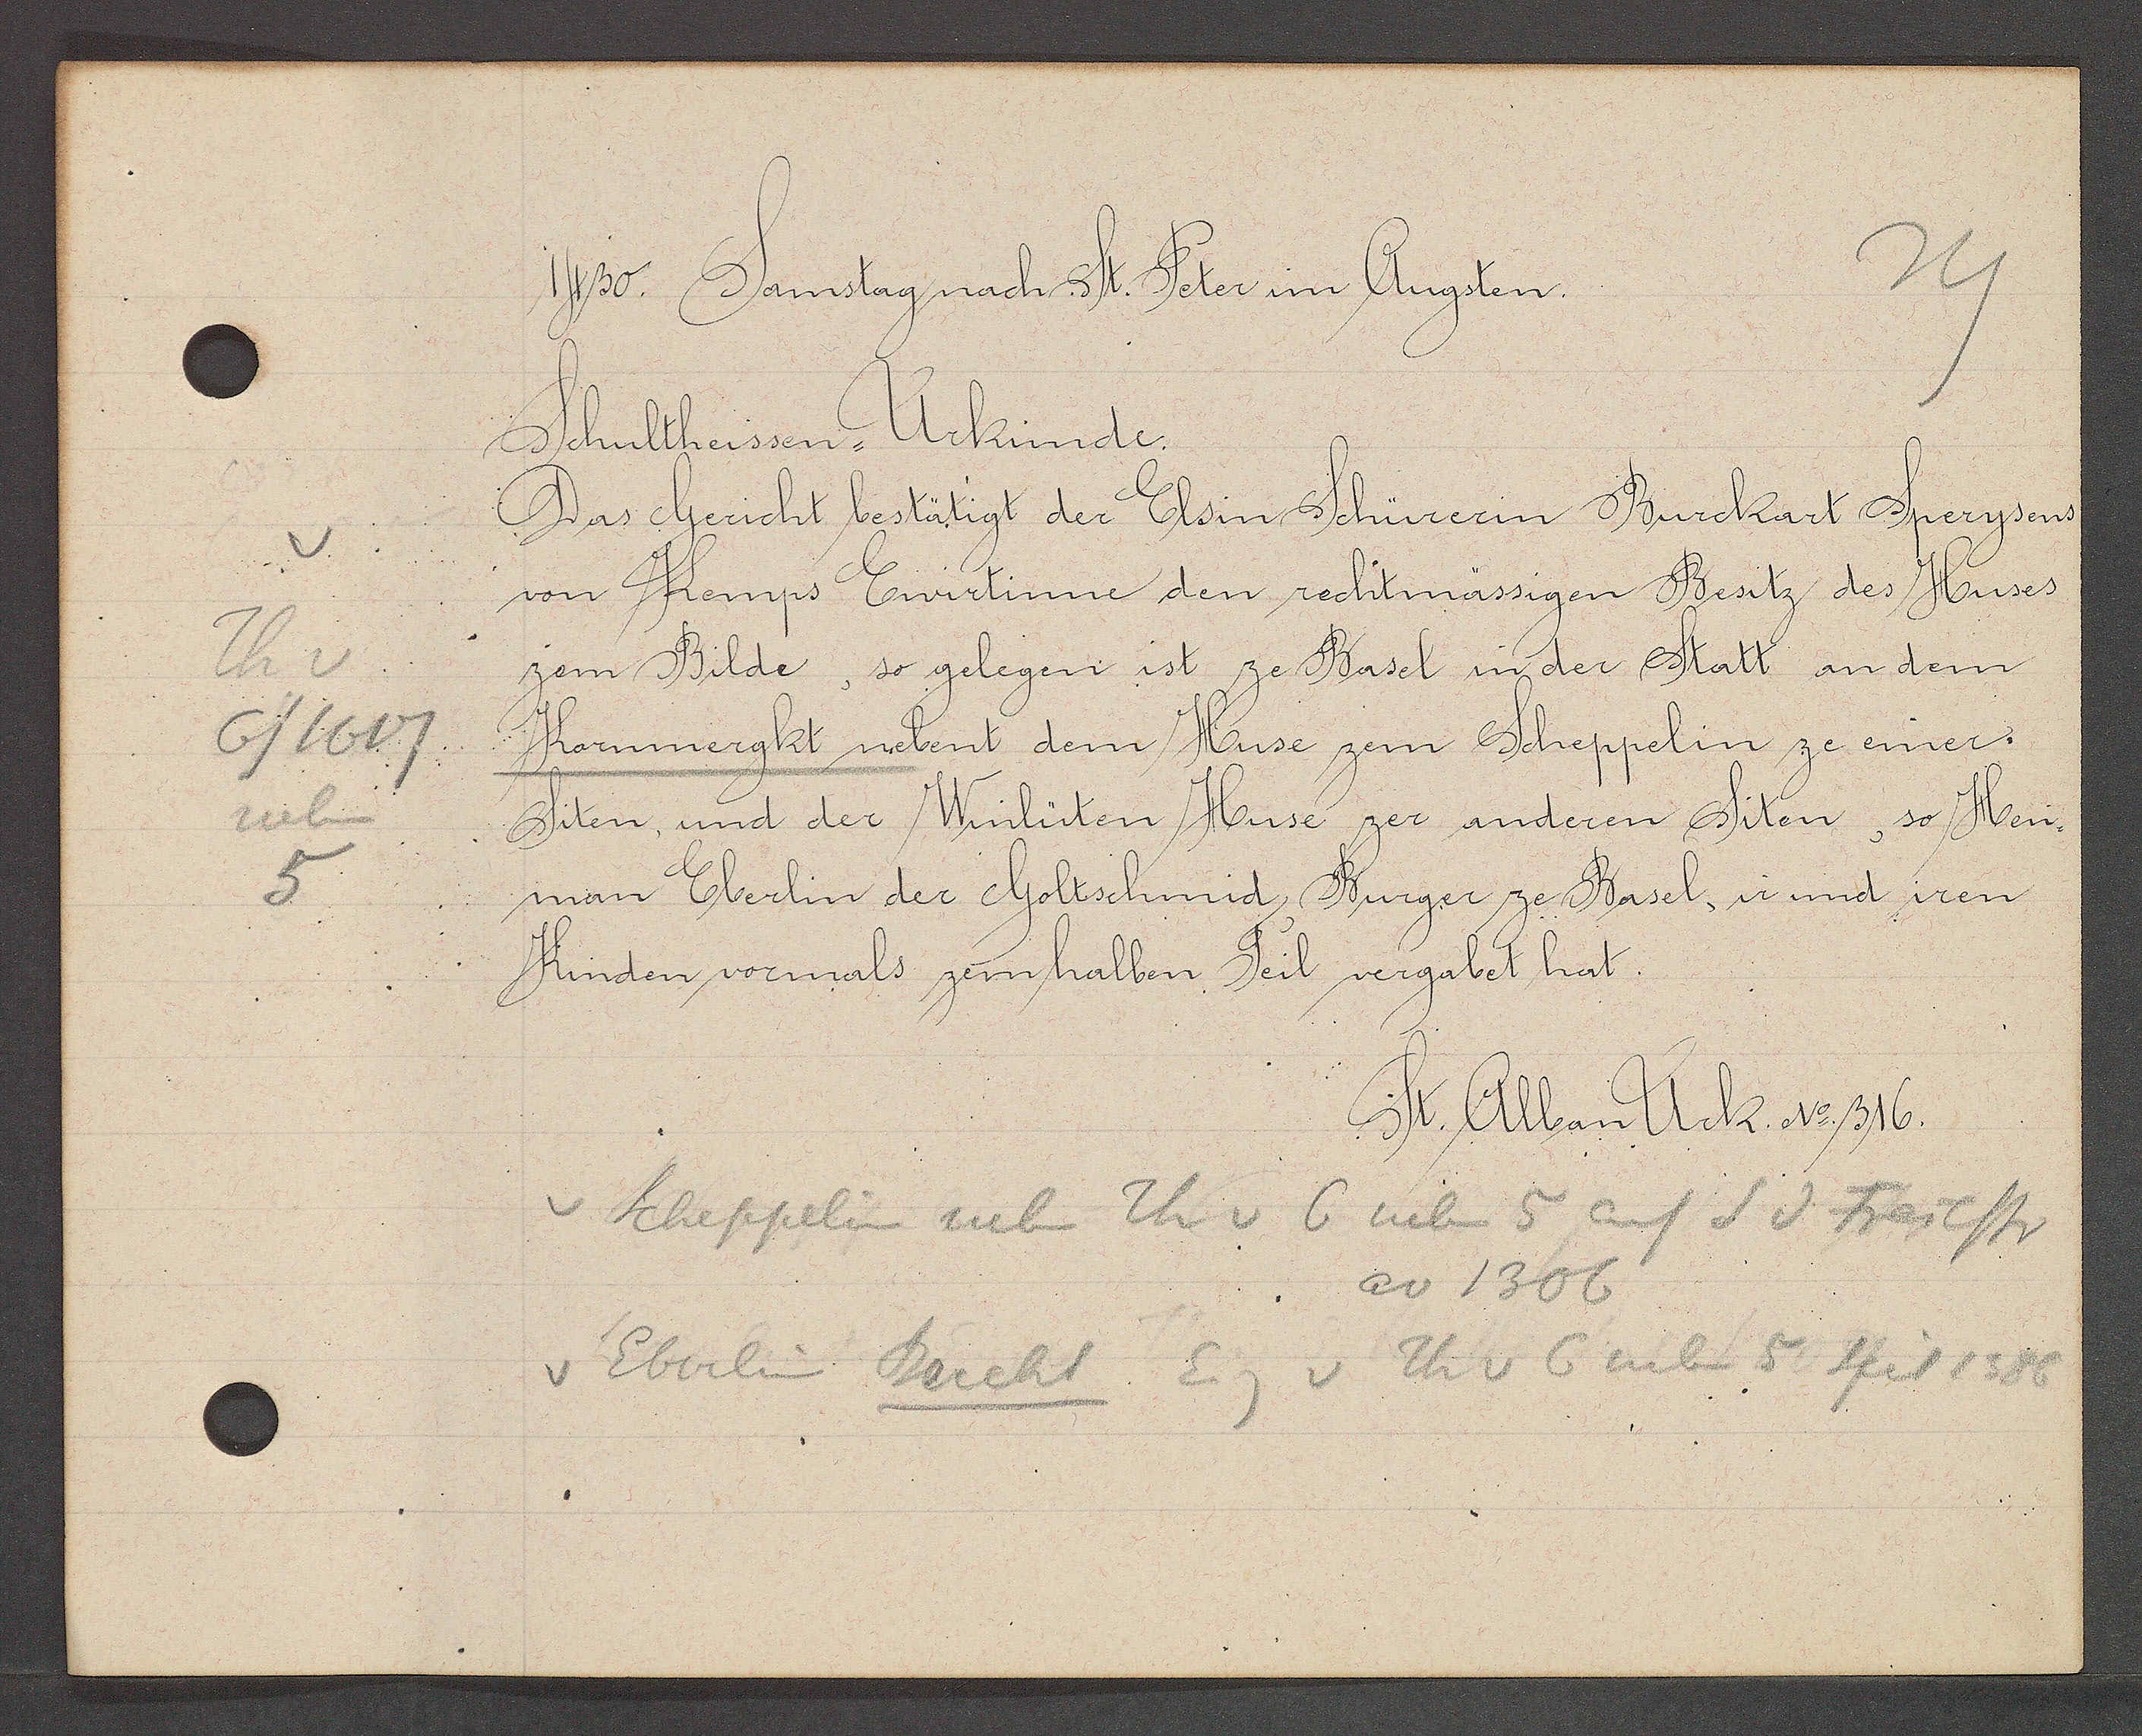
Transcript:
v
Th v
6/1607
neben
5

1430. Samstag nach St. Peter in Augsten.

Schultheissen-Urkunde.
Das Gericht bestätigt der Elsin Schürerin Burckart Sperysens
von Kemps Ewirtinne den rechtmässigen Besitz des Huses
zem Bilde, so gelegen ist ze Basel in der Statt an dem
Kornmergkt nebent dem Huse zem Scheppelin ze einer¬
Siten, und der Winlüten Huse zer anderen Siten, so Hein¬
man Eberlin der Goltschmid, Burger ze Basel, ir und iren
Kinden vornals zem halben Teil vergabet hat.

St. Alban Urk. No 316.

Scheppelin neben Th v 6 neben 5 auf S d Freiestr
ao 1306
Eberlin Bercht Eig v Th v 6 neben 5 seit 1386